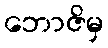
ဘောဇိမှ